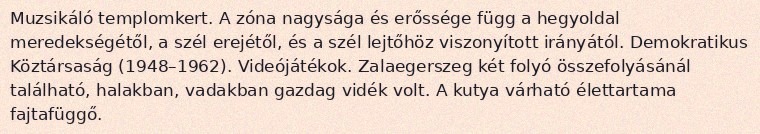
Muzsikáló templomkert. A zóna nagysága és erőssége függ a hegyoldal meredekségétől, a szél erejétől, és a szél lejtőhöz viszonyított irányától. Demokratikus Köztársaság (1948–1962). Videójátékok. Zalaegerszeg két folyó összefolyásánál található, halakban, vadakban gazdag vidék volt. A kutya várható élettartama fajtafüggő.